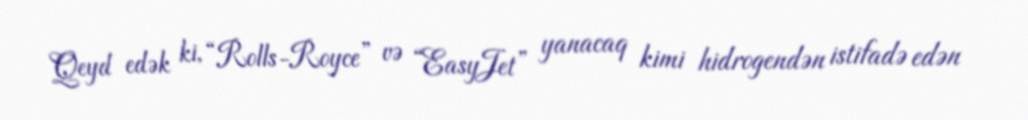
Qeyd edək ki, “Rolls-Royce” və “EasyJet” yanacaq kimi hidrogendən istifadə edən